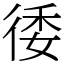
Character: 㣦